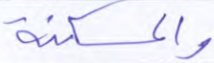
والمسكنة